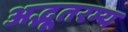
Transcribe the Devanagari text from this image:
अद्भूतरम्य